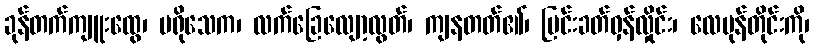
ခုန်တက်ကျူးထွေ၊ မရိုသေက၊ လက်ခြေလျော့လွတ်၊ ကျနတတ်၏၊ ပြင်းခတ်ဝှန်လှိုင်း၊ လေမုန်တိုင်းကို၊